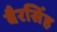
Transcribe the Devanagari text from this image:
बैरसिंह